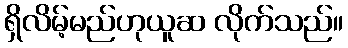
ရှိလိမ့်မည်ဟုယူဆ လိုက်သည်။